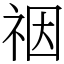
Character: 䄄